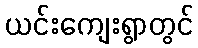
ယင်းကျေးရွာတွင်